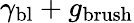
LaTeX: \gamma_{\mathrm{bl}}+g_{\mathrm{brush}}